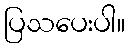
ပြသပေးပါ။